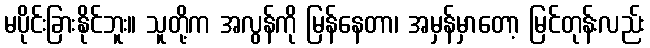
မပိုင်းခြားနိုင်ဘူး။ သူတို့က အလွန်ကို မြန်နေတာ၊ အမှန်မှာတော့ မြင်တုန်းလည်း